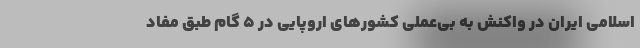
اسلامی ایران در واکنش به بی‌عملی کشورهای اروپایی در ۵ گام طبق مفاد